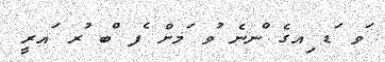
ަވ ަޑ ިއގެ ްނނެ ުވ ަމށް ެފ ްބ ުރ ައރީ